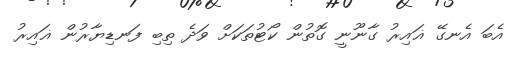
އެބަ އެނގޭ ޣައިރު ގާނޫނީ ގޮތުން ކޯޓުތަކަށް ވަދެ ތިބި ފަނޑިޔާރުން ޣައިރު